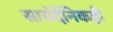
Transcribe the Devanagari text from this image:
सायंदैनिकही